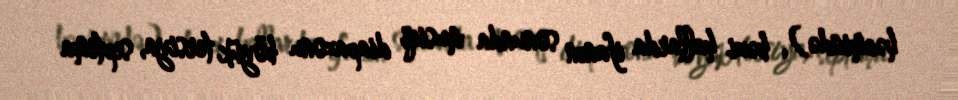
həcmində), bəzi hallarda ifanın sonunda musiqi diapazonu böyük tersiya, septima